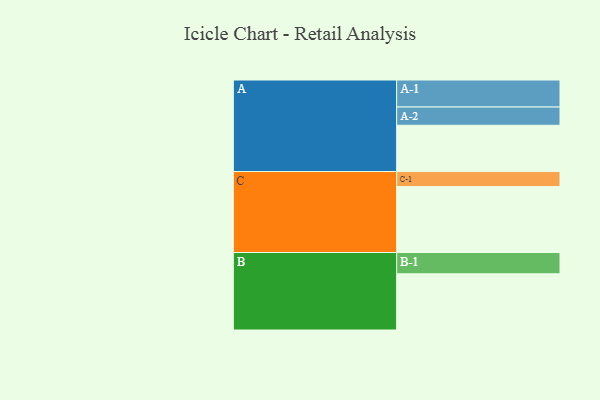
{"axis": {"x": "Segment", "y": "Value"}, "legend": ["", "A", "B", "C"], "data": [{"x": "A", "y": 411, "type": ""}, {"x": "B", "y": 499, "type": ""}, {"x": "C", "y": 586, "type": ""}, {"x": "A-1", "y": 240, "type": "A"}, {"x": "A-2", "y": 162, "type": "A"}, {"x": "B-1", "y": 189, "type": "B"}, {"x": "C-1", "y": 133, "type": "C"}]}